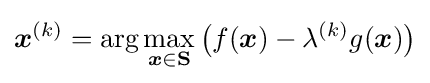
{\boldsymbol {x}}^{(k)}=\arg \max _{{\boldsymbol {x}}\in \mathbf {S} }{\big (}f({\boldsymbol {x}})-\lambda ^{(k)}g({\boldsymbol {x}}){\big )}